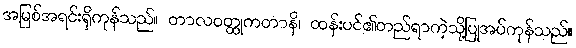
အမြစ်အရင်းရှိကုန်သည်။ တာလဝတ္ထုကတာနိ၊ ထန်းပင်၏တည်ရာကဲ့သို့ပြုအပ်ကုန်သည်။